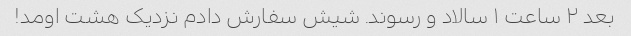
بعد ۲ ساعت ۱ سالاد و رسوند. شیش سفارش دادم نزدیک هشت اومد!